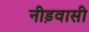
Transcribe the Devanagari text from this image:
नीड़वासी